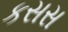
કસસ